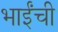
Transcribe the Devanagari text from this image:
भाईंची